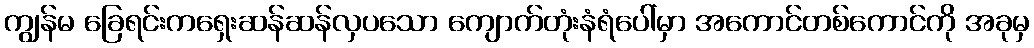
ကျွန်မ ခြေရင်းကရှေးဆန်ဆန်လှပသော ကျောက်တုံးနံရံပေါ်မှာ အကောင်တစ်ကောင်ကို အခုမှ